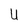
Character: U